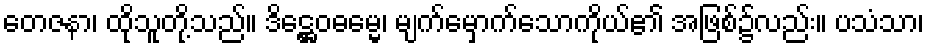
တေဇနာ၊ ထိုသူတို့သည်။ ဒိဋ္ဌေဝဓမ္မေ၊ မျက်မှောက်သောကိုယ်၏ အဖြစ်၌လည်း။ ပသံသာ၊